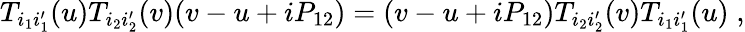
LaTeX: T_{i_{1}i_{1}^{\prime}}(u)T_{i_{2}i_{2}^{\prime}}(v)(v-u+iP_{12})=(v-u+iP_{12})T_{i_{2}i_{2}^{\prime}}(v)T_{i_{1}i_{1}^{\prime}}(u)\; ,